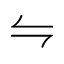
\leftrightharpoons